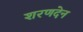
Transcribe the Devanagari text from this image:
शरणदेन